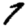
Digit: 7